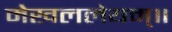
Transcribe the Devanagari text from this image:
मेखललेयम्॥